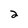
Character: 2